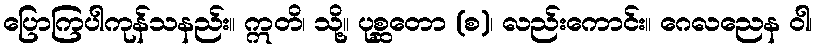
ပြောကြပါကုန်သနည်း။ ဣတိ၊ သို့။ ပုစ္ဆတော (စ)၊ လည်းကောင်း။ ဂေလညေန ဝါ၊